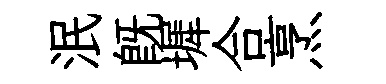
泯旣墀合烹